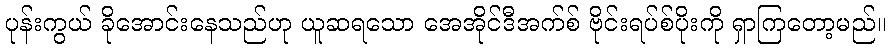
ပုန်းကွယ် ခိုအောင်းနေသည်ဟု ယူဆရသော အေအိုင်ဒီအက်စ် ဗိုင်းရပ်စ်ပိုးကို ရှာကြတော့မည်။